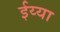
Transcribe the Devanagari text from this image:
ईय्या